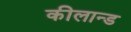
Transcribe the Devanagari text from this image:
कीलान्ड